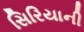
સિરિયાની